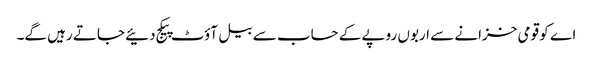
اے کو قومی خزانے سے اربوں روپے کے حساب سے بیل آؤٹ پیکج دئیے جاتے رہیں گے۔